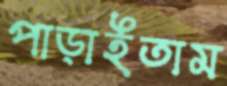
পাড়াইতাম